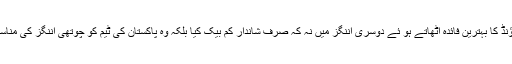
اس کے برعکس انگلینڈ کے کپتان ایلسٹر کک نے اپنے ہوم گراؤنڈ کا بہترین فائدہ اُٹھاتے ہو ئے دوسری اننگز میں نہ کہ صرف شاندار کم بیک کیا بلکہ وہ پاکستان کی ٹیم کو چوتھی اننگز کی مناسبت سے آؤٹ کرنے کی بھی منصوبہ بندی میں بھرپور نظر آیا۔